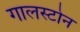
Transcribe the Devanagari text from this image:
गालस्टोन